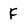
Character: f